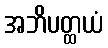
အဘိပတ္ထယံ